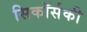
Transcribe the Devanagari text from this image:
सिकॉर्सकी